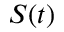
S ( t )